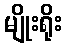
မျိုးရိုး